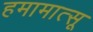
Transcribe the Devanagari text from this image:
हमामात्सू